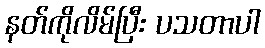
နတ်ကိုလိမ်ပြီး ပသတာပါ